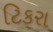
ટિકરા